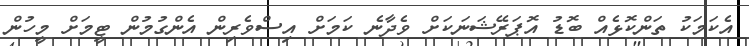
އެކަމަކު ތަންކޮޅެއް ބޮޑު އޮޕަރޭޝަނަކަށް ވެދާނެ ކަމަށް އިސްވެރިން އެންގުމުން ޓީމަށް މީހުން